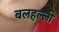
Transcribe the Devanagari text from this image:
बलहल्ली